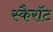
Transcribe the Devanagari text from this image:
स्कैरॉट